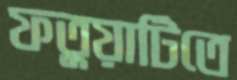
ফতুয়াটিতে